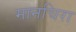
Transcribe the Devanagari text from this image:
मानचिरा